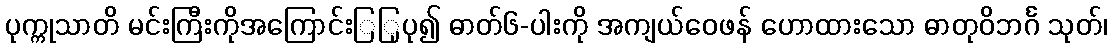
ပုက္ကုသာတိ မင်းကြီးကိုအကြောင်းြြုပု၍ ဓာတ်၆-ပါးကို အကျယ်ဝေဖန် ဟောထားသော ဓာတုဝိဘင်္ဂ သုတ်၊